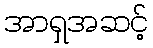
အာရှအဆင့်